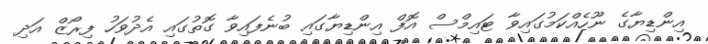
އިންޑިޔާގެ ނޫހެއްކަމުގައިވާ ޓައިމްސް އޮފް އިންޑިޔާގައި ބުނެފައިވާ ގޮތުގައި އެދުވަހު ފިރޯޒް އަދި